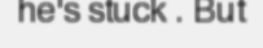
he's stuck . But